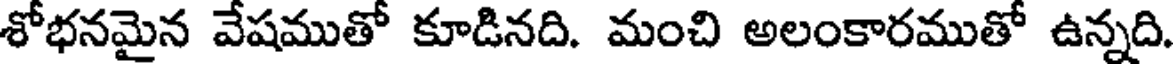
శోభనమైన వేషముతో కూడినది. మంచి అలంకారముతో ఉన్నది.